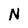
Character: N